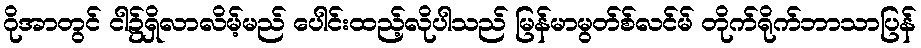
ဂိုအာတွင် ငါ၌ရှိလာလိမ့်မည် ပေါင်းထည့်လိုပါသည် မြန်မာမွတ်စ်လင်မ် တိုက်ရိုက်ဘာသာပြန်